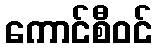
ကောင်စီဝင်